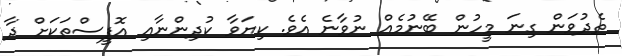
ތެދުވަން ގިނަ މީހުން ބޭނުމެއް ނުވާނެ އެވެ. ކިޔަވާ ކުދިންނާއި އޮފީސްތަކަށް ދާ